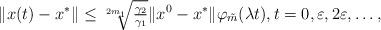
LaTeX: \begin{align*} \|x(t)-x^*\|\le \sqrt[2m_1]{\tfrac{\gamma_2}{\gamma_1}}\|x^0-x^*\|\varphi_{\tilde m}(\lambda t),t=0,\varepsilon,2\varepsilon,\dots,\end{align*}